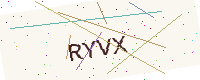
Text: RYVX